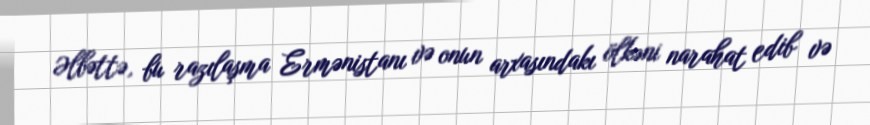
Əlbəttə, bu razılaşma Ermənistanı və onun arxasındakı ölkəni narahat edib və